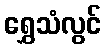
ရွှေသံလွင်